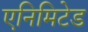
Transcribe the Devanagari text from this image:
एनिमिटेड